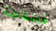
فضفاضة